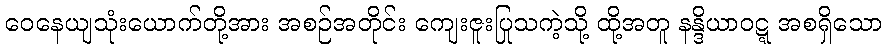
ဝေနေယျသုံးယောက်တို့အား အစဉ်အတိုင်း ကျေးဇူးပြုသကဲ့သို့ ထို့အတူ နန္ဒိယာဝဋ္ဋ အစရှိသော